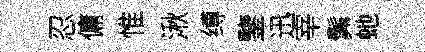
忍傭惟湫缚鑒迅宰髴虵